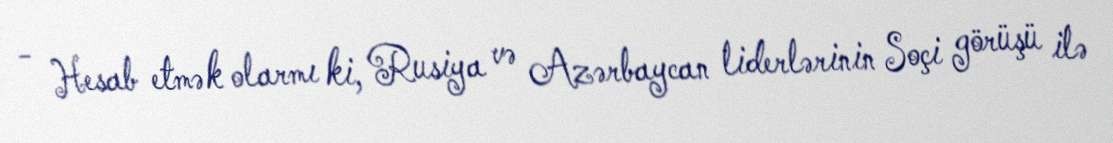
- Hesab etmək olarmı ki, Rusiya və Azərbaycan liderlərinin Soçi görüşü ilə